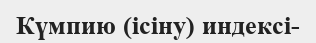
Күмпию (ісіну) индексі-